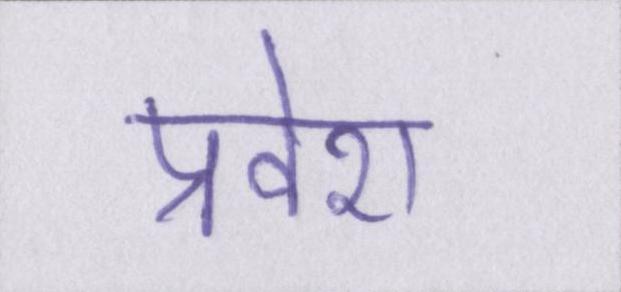
प्रवेश